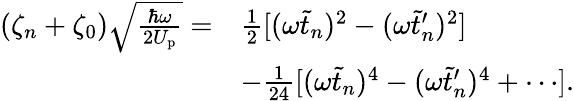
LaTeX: \begin{array}{rl}{(\zeta_{n}+\zeta_{0})\sqrt{\frac{\hbar\omega}{2U_{\mathrm{p}}}}=}&{\frac{1}{2}[(\omega\tilde{t}_{n})^{2}-(\omega\tilde{t}_{n}^{\prime})^{2}]}\\ &{-\frac{1}{24}[(\omega\tilde{t}_{n})^{4}-(\omega\tilde{t}_{n}^{\prime})^{4}+\cdots].}\end{array}